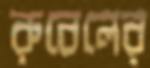
রুবেলের